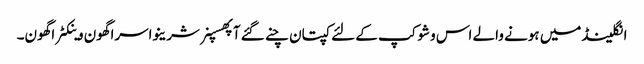
انگلینڈمیں ہونے والے اس وشوکپ کے لئے کپتان چنے گئے آپھسپنر شرینواسراگھون وینکٹراگھون۔